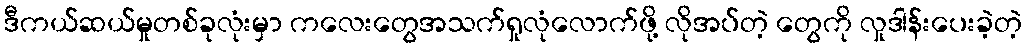
ဒီကယ်ဆယ်မှုတစ်ခုလုံးမှာ ကလေးတွေအသက်ရှုလုံလောက်ဖို့ လိုအပ်တဲ့ တွေကို လှုဒါန်းပေးခဲ့တဲ့